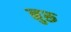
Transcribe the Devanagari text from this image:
नुरू